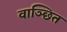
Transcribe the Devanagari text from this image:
वाञ्छित